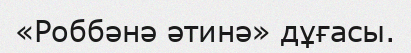
«Роббәнә әтинә» дұғасы.